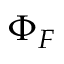
\Phi _ { F }